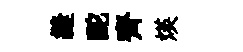
縫酡齊煐